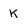
Character: K